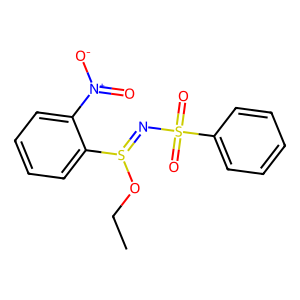
SMILES: CCOS(=NS(=O)(=O)c1ccccc1)c1ccccc1[N+](=O)[O-]
Inhibits HIV replication: No